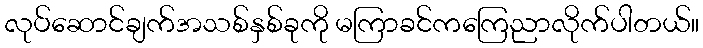
လုပ်ဆောင်ချက်အသစ်နှစ်ခုကို မကြာခင်ကကြေညာလိုက်ပါတယ်။